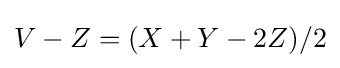
V-Z=(X+Y-2Z)/2